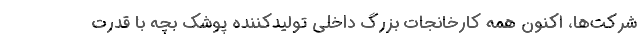
شرکت‌ها، اکنون همه کارخانجات بزرگ داخلی تولیدکننده پوشک بچه با قدرت